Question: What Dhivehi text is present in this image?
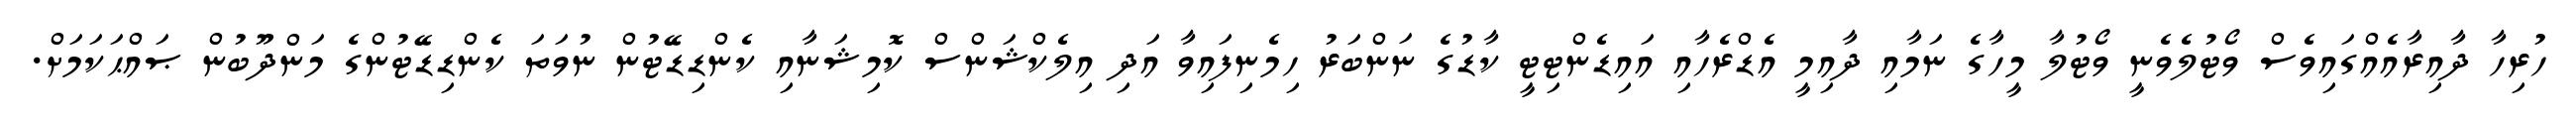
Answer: ހުރިހާ ދާއިރާއެއްގައިވެސް ވޯޓުލެވެނީ ވޯޓުލާ މީހާގެ ނަމާއި ދާއިމީ އެޑްރެހާއި އައިޑެންޓިޓީ ކާޑުގެ ނަންބަރު ހިމެނިފައިވާ އަދި އިލެކްޝަންސް ކޮމިޝަނާއި ކެންޑިޑޭޓުން ނުވަތަ ކެންޑިޑޭޓުންގެ މަންދޫބުން ޞައްޙަކަމަށް.